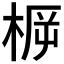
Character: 𣓣